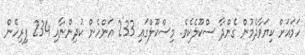
ހަމައަށް ކިޔަވާދެމުން ގެންދާ ސްކޫލެކެވެ. މިސްކޫލްގައި 233 އަންހެން ކުދިންނާއި 234 ފިރިހެން